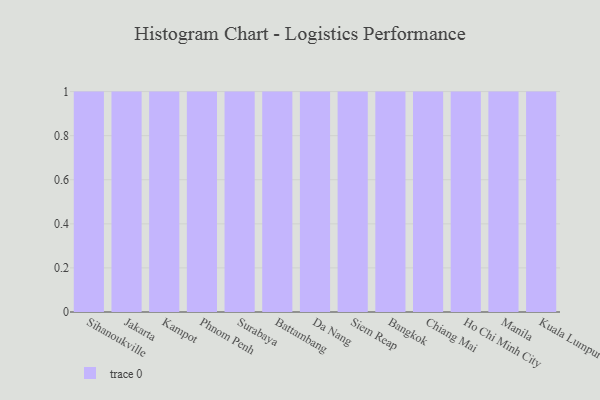
{"axis": {"x": "City", "y": "Tickets Resolved"}, "legend": [""], "data": [{"x": "Sihanoukville", "y": 76, "type": ""}, {"x": "Jakarta", "y": 43, "type": ""}, {"x": "Kampot", "y": 27, "type": ""}, {"x": "Phnom Penh", "y": 67, "type": ""}, {"x": "Surabaya", "y": 34, "type": ""}, {"x": "Battambang", "y": 69, "type": ""}, {"x": "Da Nang", "y": 63, "type": ""}, {"x": "Siem Reap", "y": 47, "type": ""}, {"x": "Bangkok", "y": 57, "type": ""}, {"x": "Chiang Mai", "y": 11, "type": ""}, {"x": "Ho Chi Minh City", "y": 22, "type": ""}, {"x": "Manila", "y": 35, "type": ""}, {"x": "Kuala Lumpur", "y": 74, "type": ""}]}